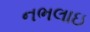
નભલાઇ